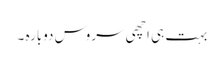
بہت ہی اچھی سروس دوبارہ ۔